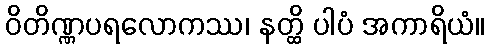
ဝိတိဏ္ဏပရလောကဿ၊ နတ္ထိ ပါပံ အကာရိယံ။